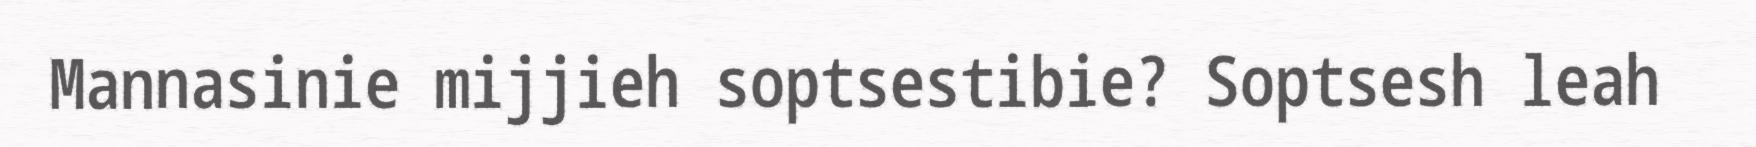
Mannasinie mijjieh soptsestibie? Soptsesh leah